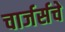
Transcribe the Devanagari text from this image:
चार्जर्सचे